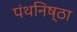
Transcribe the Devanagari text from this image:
पंथनिष्ठा